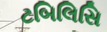
ટબિલિસિ